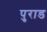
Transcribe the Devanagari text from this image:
पुराड